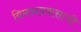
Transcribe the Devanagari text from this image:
विमानप्रवासाची